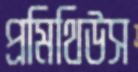
প্রমিথিউস